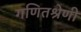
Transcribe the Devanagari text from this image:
गणितश्रेणी